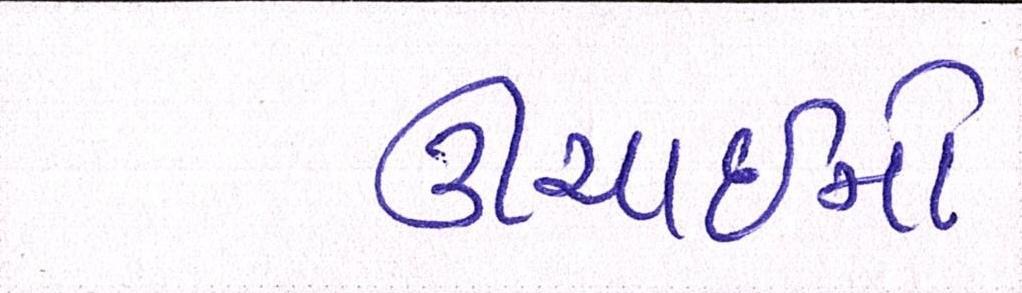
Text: ઊંચાઈનો